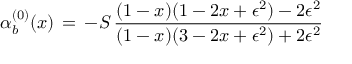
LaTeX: \alpha _ { b } ^ { ( 0 ) } ( x ) \, = \, - S \, { \frac { ( 1 - x ) ( 1 - 2 x + \epsilon ^ { 2 } ) - 2 \epsilon ^ { 2 } } { ( 1 - x ) ( 3 - 2 x + \epsilon ^ { 2 } ) + 2 \epsilon ^ { 2 } } }